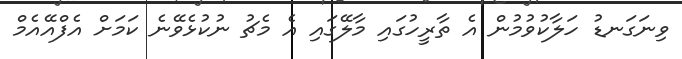
ވިނަގަނޑު ހަލާކުވުމުން އެ ތާރީހުގައި މާލޭގައި އެ މެޗު ނުކުޅެވޭނެ ކަމަށް އެފްއޭއެމް